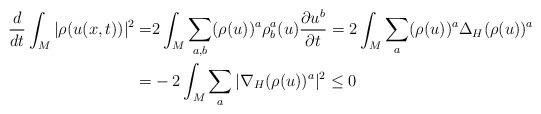
LaTeX: \begin{align*}\frac{d}{dt} \int_M | \rho (u(x ,t)) |^2 =& 2 \int_M \sum_{a, b} (\rho (u))^a \rho^a_b (u) \frac{\partial u^b}{\partial t} = 2 \int_M \sum_a (\rho (u))^a \Delta_H (\rho (u))^a \\= & - 2 \int_M \sum_a | \nabla_H (\rho (u))^a |^2 \leq 0\end{align*}